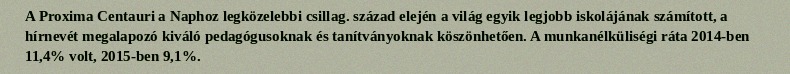
A Proxima Centauri a Naphoz legközelebbi csillag. század elején a világ egyik legjobb iskolájának számított, a hírnevét megalapozó kiváló pedagógusoknak és tanítványoknak köszönhetően. A munkanélküliségi ráta 2014-ben 11,4% volt, 2015-ben 9,1%.